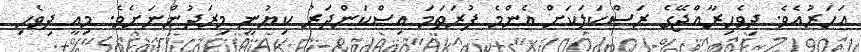
އަހަރުއެވެ. ދިވެހިރާއްޖޭގެ ރަސްކަލަކަށް އެންމެ ފުރަތަމަ އިސްކަންދަރު ކިޔުނީ މިރަދުންނަށެވެ. މިއީ ދިވެހި